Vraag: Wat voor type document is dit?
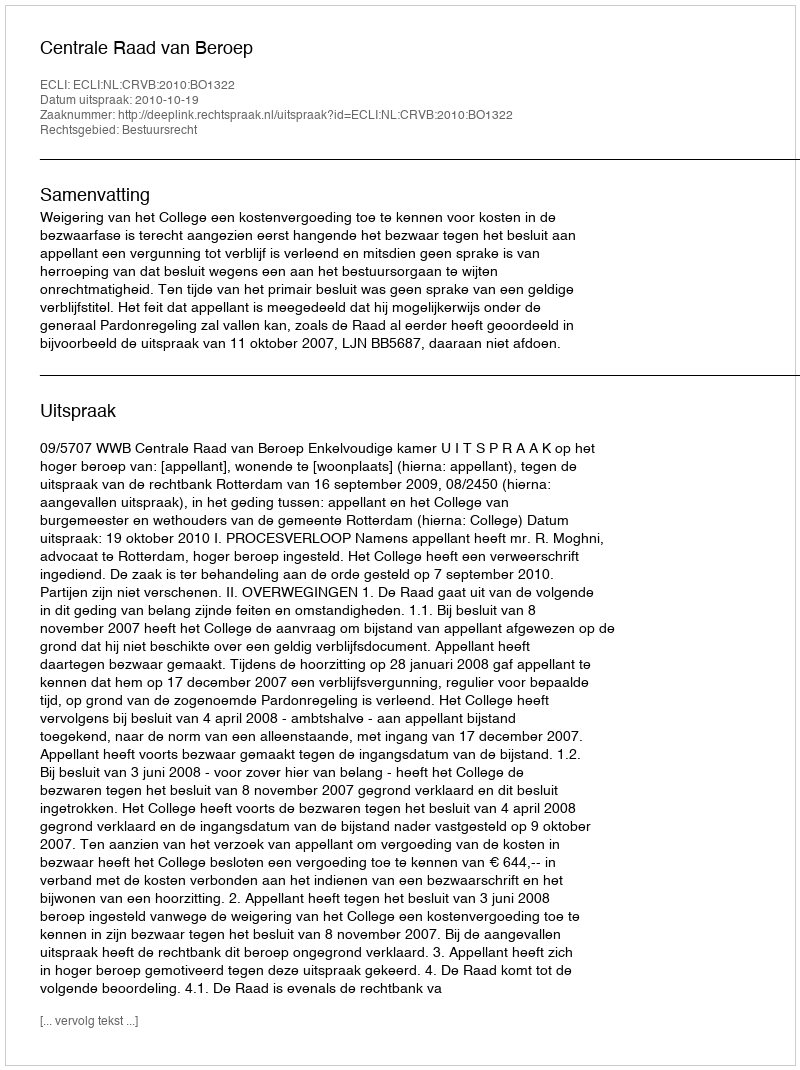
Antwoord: Uitspraak